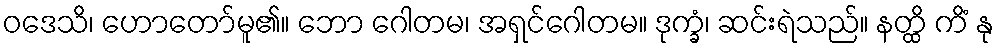
ဝဒေသိ၊ ဟောတော်မူ၏။ ဘော ဂေါတမ၊ အရှင်ဂေါတမ။ ဒုက္ခံ၊ ဆင်းရဲသည်။ နတ္ထိ ကိံ နု